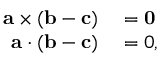
\begin{array} { r l } { \mathbf { a } \times ( \mathbf { b } - \mathbf { c } ) } & { { } = \mathbf { 0 } } \\ { \mathbf { a } \cdot ( \mathbf { b } - \mathbf { c } ) } & { { } = 0 , } \end{array}